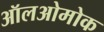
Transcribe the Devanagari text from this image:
ऑलओमोक